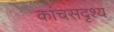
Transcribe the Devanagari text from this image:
कांचसदृश्य